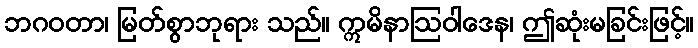
ဘဂဝတာ၊ မြတ်စွာဘုရား သည်။ ဣမိနာဩဝါဒေန၊ ဤဆုံးမခြင်းဖြင့်။